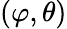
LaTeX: (\varphi,\theta)